Annual report of the Punjab Veterinary College and of the Civil Veterinary Department, Punjab - 1909-1919
Year: 1909
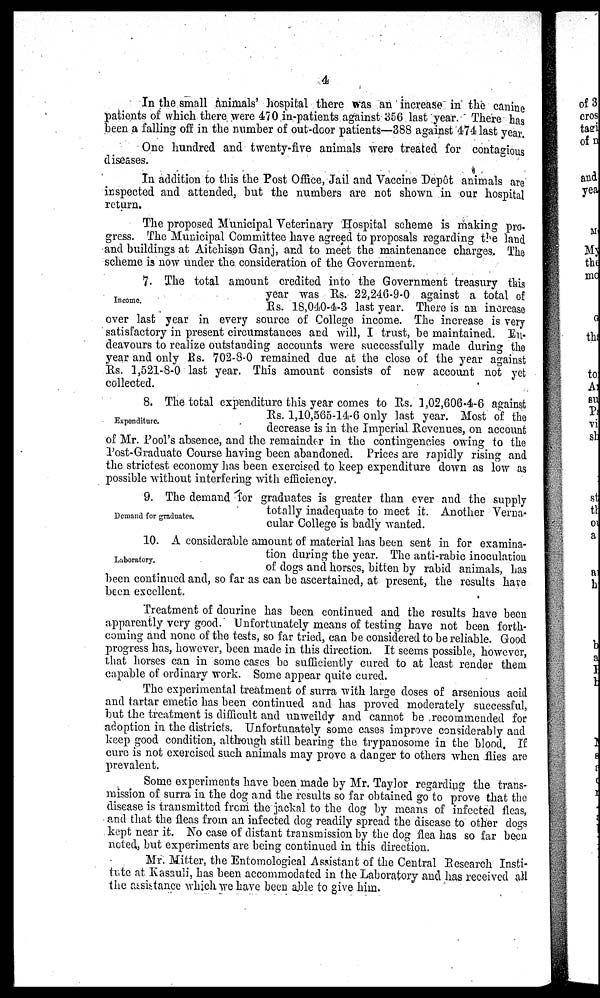
4
In the small animals' hospital there was an increase in the canine
patients of which there were 470 in-patients against 356 last year. There has
been a falling off in the number of out-door patients—388 against 474 last year.
One hundred and twenty-five animals were treated for contagious
diseases.
In addition to this the Post Office, Jail and Vaccine Depôt animals are
inspected and attended, but the numbers are not shown in our hospital
return.
The proposed Municipal Veterinary Hospital scheme is making pro-
gress. The Municipal Committee have agreed to proposals regarding the land
and buildings at Aitchison Ganj, and to meet the maintenance charges. The
scheme is now under the consideration of the Government.
Income.
7. The total amount credited into the Government treasury this
year was Rs. 22,246-9-0 against a total of
Rs. 18,040-4-3 last year. There is an increase
over last year in every source of College income. The increase is very
satisfactory in present circumstances and will, I trust, be maintained. En-
deavours to realize outstanding accounts were successfully made during the
year and only Rs. 702-8-0 remained due at the close of the year against
Rs. 1,521-8-0 last year. This amount consists of new account not yet
collected.
Expenditure.
8. The total expenditure this year comes to Rs. 1,02,606-4-6 against
Rs. 1,10,565-14-6 only last year. Most of the
decrease is in the Imperial Revenues, on account
of Mr. Pool's absence, and the remainder in the contingencies owing to the
Post-Graduate Course having been abandoned. Prices are rapidly rising and
the strictest economy has been exercised to keep expenditure down as low as
possible without interfering with efficiency.
Demand for graduates.
9. The demand for graduates is greater than ever and the supply
totally inadequate to meet it. Another Verna-
cular College is badly wanted.
Laboratory.
10. A considerable amount of material has been sent in for examina-
tion during the year. The anti-rabic inoculation
of dogs and horses, bitten by rabid animals, has
been continued and, so far as can be ascertained, at present, the results have
been excellent.
Treatment of dourine has been continued and the results have been
apparently very good. Unfortunately means of testing have not been forth-
coming and none of the tests, so far tried, can be considered to be reliable. Good
progress has, however, been made in this direction. It seems possible, however,
that horses can in some cases be sufficiently cured to at least render them
capable of ordinary work. Some appear quite cured.
The experimental treatment of surra with large doses of arsenious acid
and tartar emetic has been continued and has proved moderately successful,
but the treatment is difficult and unweildy and cannot be recommended for
adoption in the districts. Unfortunately some cases improve considerably and
keep good condition, although still bearing the trypanosome in the blood. If
cure is not exercised such animals may prove a danger to others when flies are
prevalent.
Some experiments have been made by Mr. Taylor regarding the trans-
mission of surra in the dog and the results so far obtained go to prove that the
disease is transmitted from the jackal to the dog by means of infected fleas,
and that the fleas from an infected dog readily spread the disease to other dogs
kept near it. No case of distant transmission by the dog flea has so far been
noted, but experiments are being continued in this direction.
Mr. Mitter, the Entomological Assistant of the Central Research Insti-
tute at Kasauli, has been accommodated in the Laboratory and has received all
the assitance which we have been able to give him.